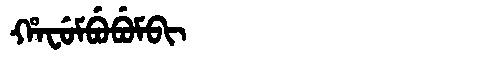
Manchu: ᡥᠠᠸᡠᠮᠪᡠᠪᡠᠮᠪᡳ
Romanization: HAFUMBUBUMBI